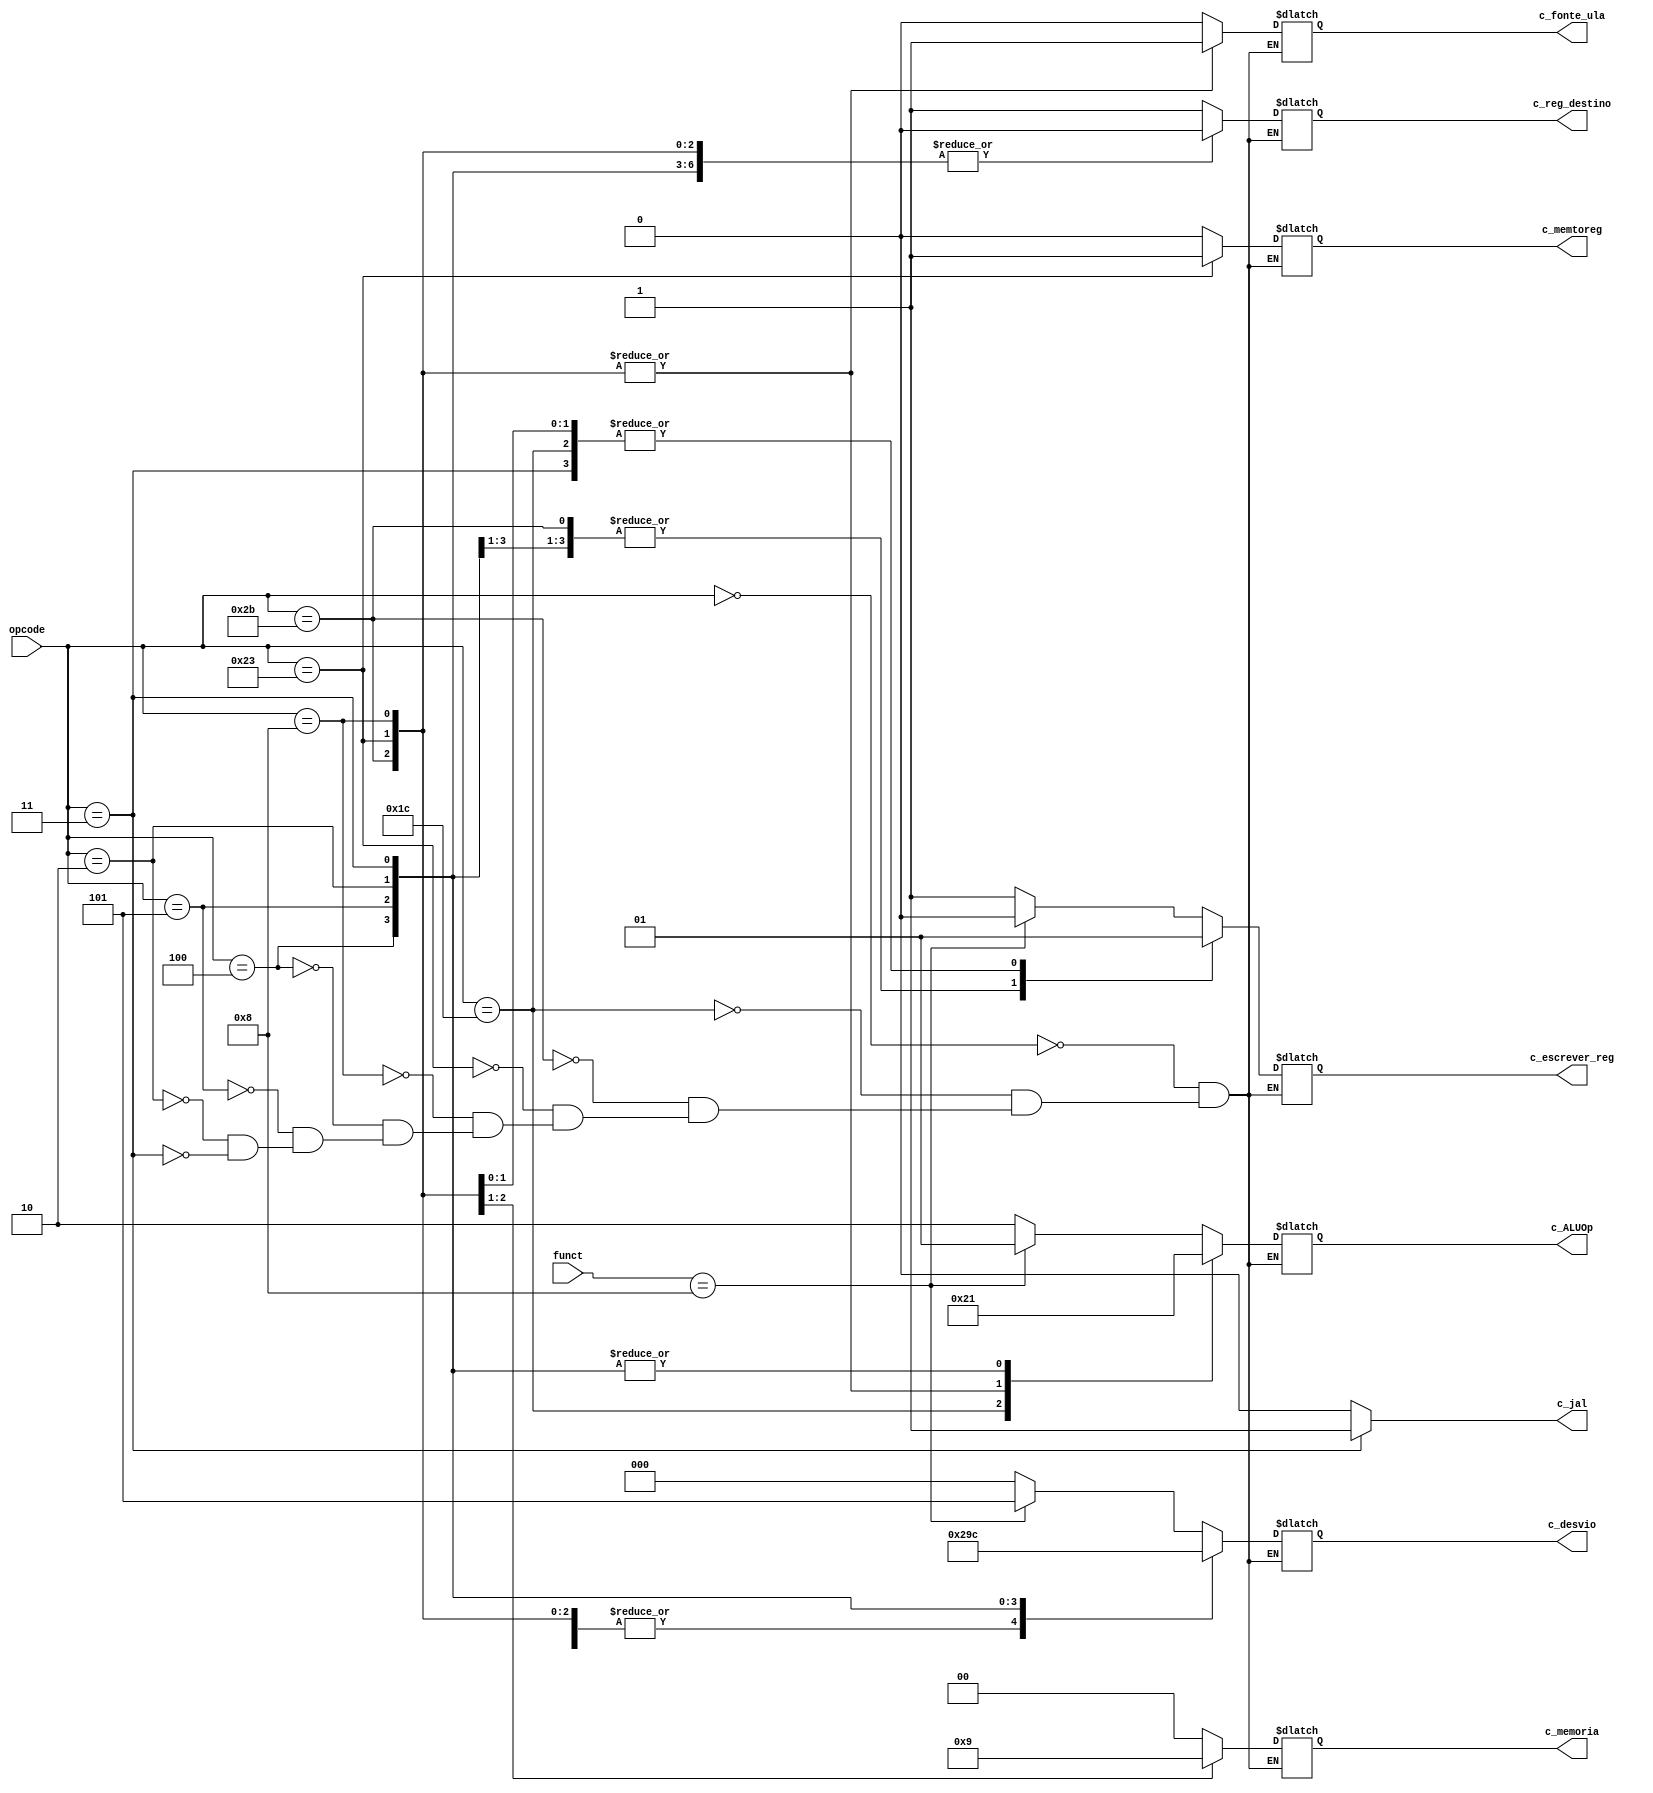
module Controle(input wire [5:0] opcode,    //O Opcode
                input wire [5:0] funct,
                output reg [1:0] c_ALUOp,   //10 - Tipo R // 01 - Desvio // 00 - Imediato // Qual tipo de operacao a ALU deve fazer?
                output reg c_fonte_ula,     //1 - Usar imediato ou 0 - Registrador?
                output reg [2:0] c_desvio,  //000 - (sem desvio) / 001 - beq / 010 - bne / 011 - j / 100 - jal / 101 - jr (jr depende do funct [se funct == 001000 eh um jr])
                output reg [1:0] c_memoria, //00 - Nao ler nem escrever // 01 - Ler memoria // 10 - Escrever memoria
                output reg c_memtoreg,      //1 - Instrucao Load // 0 - No  Instrucao Load
                output reg c_escrever_reg,  //1 - Instrucao ira escrever no registrador // 0 - Instrucao nao ira escrever no registrador
                output reg c_reg_destino,    //1 - escrever em rd // 0 - escrever em rt {Geralmente RT em casos de operacoes com imediatos}
                output reg c_jal
);


    always @ ( * ) begin
        c_jal <= 1'b0;
        case (opcode)
            6'b000000: begin            //Caso seja do tipo R     [Exemplo: add $t0, $t1, $t2]
                c_ALUOp <= 2'b10;       //Operacao tipo R
                c_fonte_ula <= 1'b0;    //Usar valor do registrador
                c_desvio <= 3'b000;     //Nao e uma instrucao de desvio
                c_memoria <= 2'b00;     //Nao ocorrera nenhum tipo de acesso a memoria
                c_memtoreg <= 1'b0;     //Nao e uma instrucao de load
                c_escrever_reg <= 1'b1; //Ira escrever no registrador
                c_reg_destino <= 1'b1;  //O registrador que sera escrito e o RD

                if (funct == 6'b001000) begin //Eh uma instrucao JR
                  c_ALUOp <= 2'b01;
                  c_desvio <= 3'b101;
                  c_escrever_reg <= 1'b0;
                end
            end

            6'b011100: begin //Mul
              c_ALUOp <= 2'b10;       //Operacao tipo R
              c_fonte_ula <= 1'b0;    //Usar valor do registrador
              c_desvio <= 3'b000;     //Nao e uma instrucao de desvio
              c_memoria <= 2'b00;     //Nao ocorrera nenhum tipo de acesso a memoria
              c_memtoreg <= 1'b0;     //Nao e uma instrucao de load
              c_escrever_reg <= 1'b1; //Ira escrever no registrador
              c_reg_destino <= 1'b1;  //O registrador que sera escrito e o RD
            end

            6'b101011: begin            //Caso seja uma operacao de Store (SW)     [Exemplo: sw $t1, 8($t2)]
                c_ALUOp <= 2'b00;       //Operacoes com a memoria calcula o endereco com um offset imediato
                c_fonte_ula <= 1'b1;    //Usar o valor imediato da instrucao
                c_desvio <= 3'b000;     //Nao e uma instrucao de desvio
                c_memoria <= 2'b10;     //Iremos escrever na memoria
                c_memtoreg <= 1'b0;     //Nao e uma instrucao de load
                c_escrever_reg <= 1'b0; //Nao vamos precisar escrever no registrador
                c_reg_destino <= 1'b0;  //Nao e usado nessa instrucao ja que o escrever_reg eh 0, pode deixar com valor qualquer
            end

            6'b100011: begin            //Caso seja uma operacao de Load (LW)     [Exemplo: lw $t1, 8($t2)]
                c_ALUOp <= 2'b00;       //E uma operacao com endereco de memoria e offset imediato
                c_fonte_ula <= 1'b1;    //Usar o valor imediato da instrucao
                c_desvio <= 3'b000;     //Nenhum desvio nessa instrucao
                c_memoria <= 2'b01;     //Vamos ler um dado da memoria
                c_memtoreg <= 1'b1;     //Vamos gravar o dado lido da memoria no registrador
                c_escrever_reg <= 1'b1; //Vamos escrever no registrador
                c_reg_destino <= 1'b0;  //O registrador de destino e RT
            end

            6'b001000: begin            //Caso seja um ADDI       [Exemplo addi $t1, $t2, 800] --- Tambem aplicavel ao SUBI ja que ele eh uma pseudo instrucao
                c_ALUOp <= 2'b00;       //Operacao com Imediato
                c_fonte_ula <= 1'b1;    //Usar o valor imediato da instrucao na ULA
                c_desvio <= 3'b000;     //Nenhum desvio sera tomado
                c_memoria <= 2'b00;     //Nao havera acesso a memoria
                c_memtoreg <= 1'b0;     //Nao e uma instrucao de load
                c_escrever_reg <= 1'b1; //Iremos escrever em um registrador
                c_reg_destino <= 1'b0;  //O registrador de destino e RT
            end

            6'b000100: begin            //Caso seja um BEQ        [Exemplo beq $t0, $zero, 40]
                c_ALUOp <= 2'b01;       //ULA vai executar uma operacao de branch (que sera no final das contas umas subtracao)
                c_fonte_ula <= 1'b0;    //Os dois valores para a subtracao estao em registradores
                c_desvio <= 3'b001;     //Instrucao de Desvio se Igual
                c_memoria <= 2'b00;     //Nao havera acesso a memoria
                c_memtoreg <= 1'b0;     //Nao eh um load
                c_escrever_reg <= 1'b0; //Nao vamos escrever em registradores
                c_reg_destino <= 1'b0;  //Nao aplicado a esta operacao ja que a flag de escrever no registrador esta desativada
            end

            6'b000101: begin            //Caso seja um BNE        [Exemplo bne $t0, $zero, 40]
                c_ALUOp <= 2'b01;       //ULA vai executar uma operacao de branch (que sera no final das contas umas subtracao)
                c_fonte_ula <= 1'b0;    //Os dois valores para a subtracao estao em registradores
                c_desvio <= 3'b010;     //Instrucao de Desvio se Diferente
                c_memoria <= 2'b00;     //Nao havera acesso a memoria
                c_memtoreg <= 1'b0;     //Nao eh um load
                c_escrever_reg <= 1'b0; //Nao vamos escrever em registradores
                c_reg_destino <= 1'b0;  //Nao aplicado a esta operacao ja que a flag de escrever no registrador esta desativada
            end

            6'b000010: begin            //Caso seja um J (Jump - Salto incondicional)          [Exemplo j 40]
                c_ALUOp <= 2'b01;       //Nao aplicado nesta operacao
                c_fonte_ula <= 1'b0;    //Nao aplicado a esta operacao
                c_desvio <= 3'b011;     //Instrucao de Desvio incondicional
                c_memoria <= 2'b00;     //Nao havera acesso a memoria
                c_memtoreg <= 1'b0;     //Nao eh um load
                c_escrever_reg <= 1'b0; //Nao vamos escrever em registradores
                c_reg_destino <= 1'b0;  //Nao aplicado a esta operacao ja que a flag de escrever no registrador esta desativada
            end

            6'b000011: begin            //Caso seja um JAL (Jump and Link - Salto incondicional e Salvar PC em registrador de retorno)          [Exemplo jal 40]
                c_ALUOp <= 2'b01;       //Nao aplicado nesta operacao
                c_fonte_ula <= 1'b0;    //Nao aplicado a esta operacao
                c_desvio <= 3'b100;     //Instrucao de Desvio incondicional
                c_memoria <= 2'b00;     //Nao havera acesso a memoria
                c_memtoreg <= 1'b0;     //Nao eh um load
                c_escrever_reg <= 1'b1; //Vamos escrever em registradores
                c_reg_destino <= 1'b0;  //Nao aplicado a esta operacao ja que a flag de escrever no registrador esta desativada
                c_jal <= 1'b1;
            end

        endcase
    end

endmodule